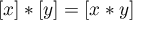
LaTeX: [ x ] \ast [ y ] = [ x \ast y ]